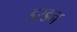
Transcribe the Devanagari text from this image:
डरडन